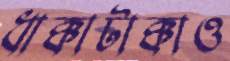
ধাক্কাটাক্কাও